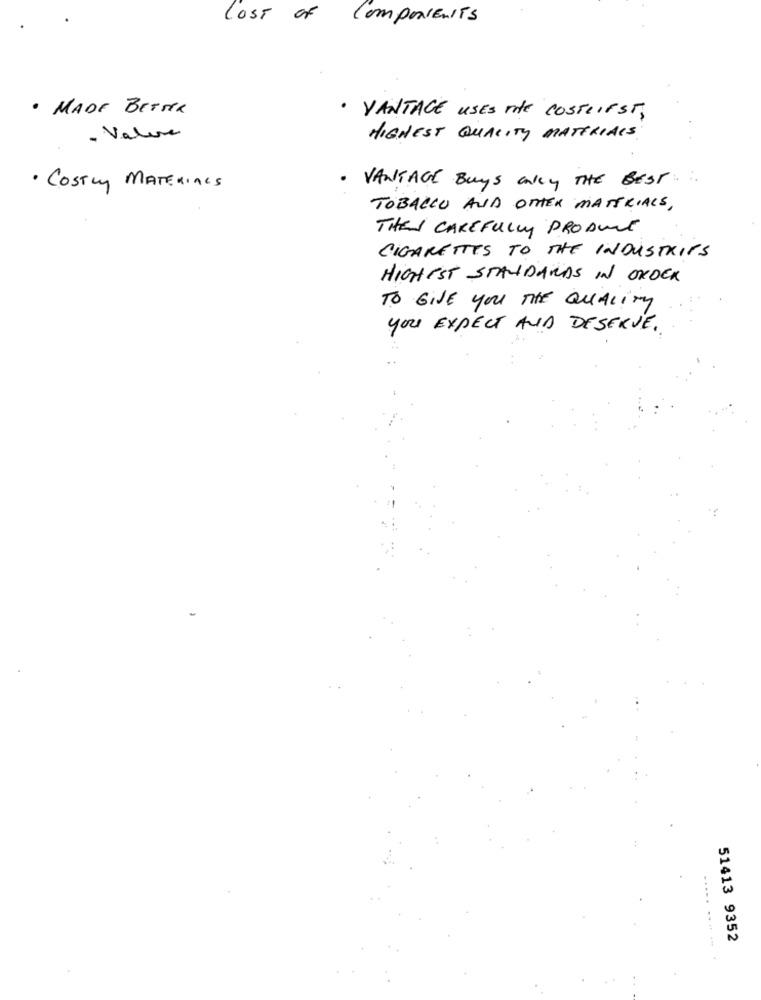
loss of
ComponenITS
· MADE BETTER
· VANTAGE USES THE COSTRIFST,
- Value
HIGHEST QUALITY MATERIALS
VANTAGE BUYS Only THE BEST
· Costly MATERIALS
TOBACCO AND OTHER MATERIALS,
THES CAREFULLY PRODUCT
CIGARETTES TO THE INDUSTRIES
HIGHEST STANDARDS IN ORDER
TO GIVE you THE QUALITY
YOU EXPECT AND DESERVE.
51413 9352
..... .... ... .